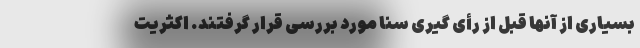
بسیاری از آنها قبل از رأی گیری سنا مورد بررسی قرار گرفتند. اکثریت